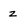
Character: z